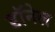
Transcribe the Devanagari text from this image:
डॉनेल